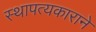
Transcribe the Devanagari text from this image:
स्थापत्यकाराने